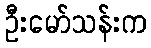
ဦးမော်သန်းက